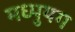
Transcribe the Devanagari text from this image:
मध्युयग